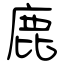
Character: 鹿